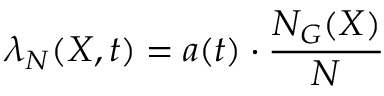
\lambda _ { N } ( X , t ) = a ( t ) \cdot \frac { N _ { G } ( X ) } { N }